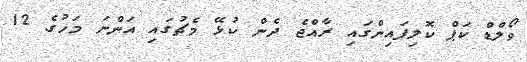
ވޯލްޑް ކަޕް ކޮލިފައިންގައި ރާއްޖެ ދެން ކުޅޭ މެޗުގައި އަންނަ މަހުގެ 12